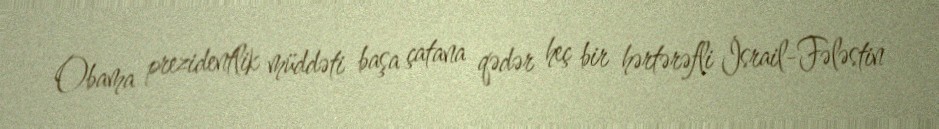
Obama prezidentlik müddəti başa çatana qədər heç bir hərtərəfli İsrail-Fələstin